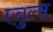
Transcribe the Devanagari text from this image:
एनुल्स